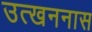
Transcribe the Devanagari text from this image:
उत्खननास